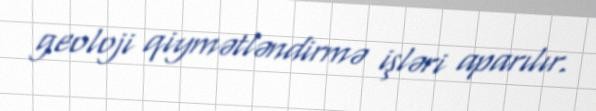
geoloji qiymətləndirmə işləri aparılır.